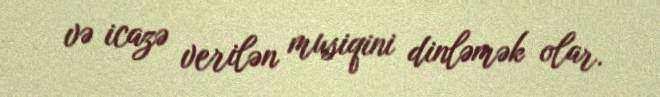
və icazə verilən musiqini dinləmək olar.